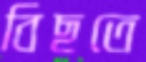
বিছতে